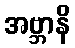
အဗ္ဘာနိ